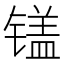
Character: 𲈘